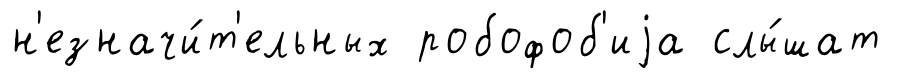
н'езначи́т'ельных робофоб'иjа слы́шат